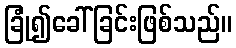
ခြုံ၍ခေါ်ခြင်းဖြစ်သည်။